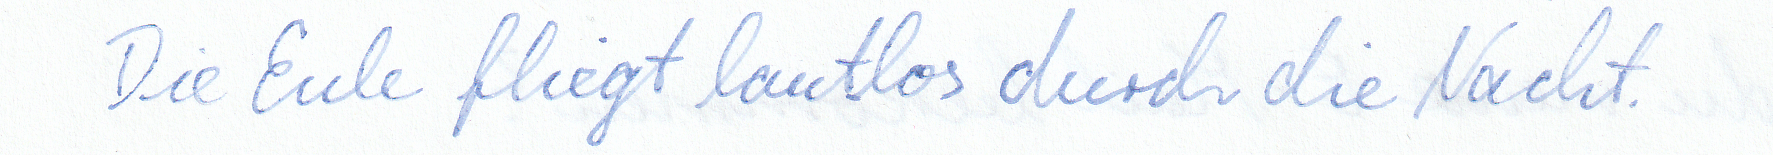
Die Eule fliegt lautlos durch die Nacht.